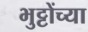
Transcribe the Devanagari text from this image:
भुट्टोंच्या